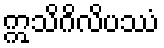
ဣသိဂိလိပဿံ